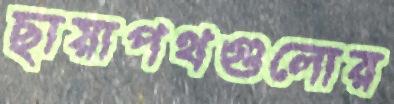
ছায়াপথগুলোর